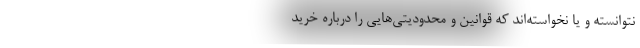
نتوانسته و یا نخواسته‌اند که قوانین و محدودیتی‌هایی را درباره خرید